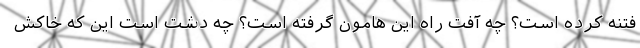
فتنه کرده است؟ چه آفت راه این هامون گرفته است؟ چه دشت است این که خاکش